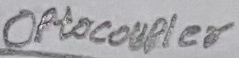
Text: Optocoupler